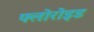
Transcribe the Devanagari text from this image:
फ्लोरोइड